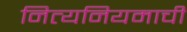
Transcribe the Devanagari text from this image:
नित्यनियमाची